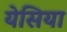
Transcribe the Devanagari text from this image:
येसिया